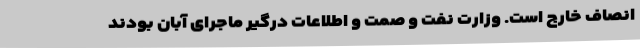
انصاف خارج است. وزارت نفت و صمت و اطلاعات درگیر ماجرای آبان بودند